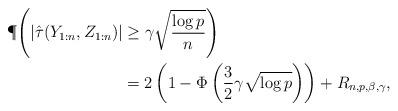
LaTeX: \begin{align*}\P\Bigg(|\hat\tau(Y_{1:n},Z_{1:n})|&\ge \gamma \sqrt{\frac{\log p}{n}}\Bigg)\\&=2\left(1-\Phi\left(\frac{3}{2}\gamma \sqrt{\log p}\right)\right)+R_{n,p,\beta,\gamma},\end{align*}